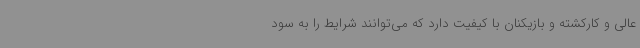
عالی و کارکشته و بازیکنان با کیفیت دارد که می‌توانند شرایط را به سود